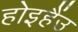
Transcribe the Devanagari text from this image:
होइहैंउ